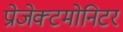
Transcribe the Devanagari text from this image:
प्रोजेक्टमोनिटर